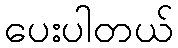
ပေးပါတယ်